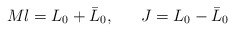
\begin{align*}Ml = L_0 + \bar L_0, \ \ \ \ \ J = L_0 - \bar L_0\end{align*}